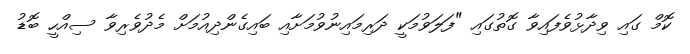
ކޮމް ގައި ވިދާޅުވެފައިވާ ގޮތުގައި "ފަލަވުމަކީ ދަރިމައިނުވުމަށާއި ބައިގެންދިއުމަށް މެދުވެރިވާ ސިއްހީ ބޮޑު